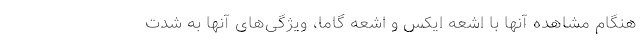
هنگام مشاهده آنها با اشعه ایکس و اشعه گاما، ویژگی‌های آنها به شدت